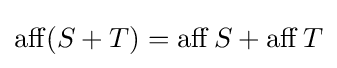
\operatorname {aff} (S+T)=\operatorname {aff} S+\operatorname {aff} T